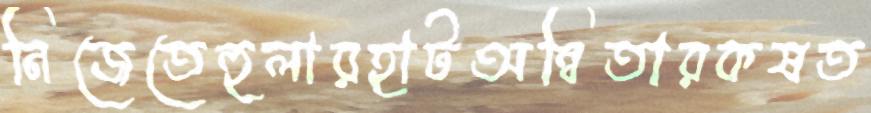
নিজেতেহুলারহাটঅন্বিতারকষত